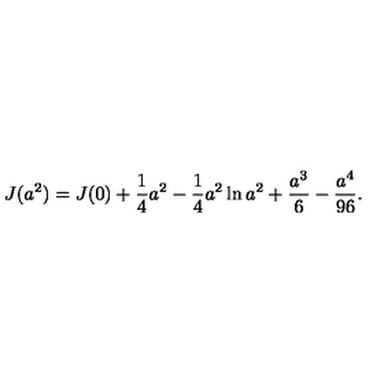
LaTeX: J ( a ^ { 2 } ) = J ( 0 ) + { \frac { 1 } { 4 } } a ^ { 2 } - { \frac { 1 } { 4 } } a ^ { 2 } \ln a ^ { 2 } + { \frac { a ^ { 3 } } { 6 } } - { \frac { a ^ { 4 } } { 9 6 } } .